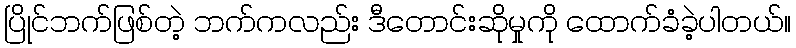
ပြိုင်ဘက်ဖြစ်တဲ့ ဘက်ကလည်း ဒီတောင်းဆိုမှုကို ထောက်ခံခဲ့ပါတယ်။